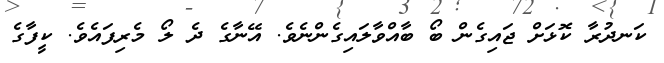
ކަނދުރާ ކޮޅަށް ޖައިގެން ބޯ ބާއްވާލައިގެންނެވެ. އޭނާގެ ދެ ލޯ މެރިފައެވެ. ކީފާގެ